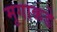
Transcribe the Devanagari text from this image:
मृगाकडे